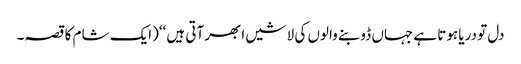
دل تو دریا ہوتا ہے جہاں ڈوبنے والوں کی لاشیں ابھر آتی ہیں ‘‘(ایک شام کا قصہ۔